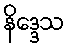
နိဒ္ဒေသ